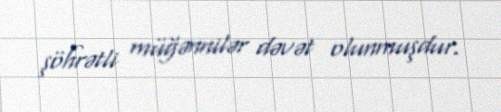
şöhrətli müğənnilər dəvət olunmuşdur.